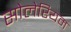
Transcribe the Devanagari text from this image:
सोलेरियम